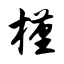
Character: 槿